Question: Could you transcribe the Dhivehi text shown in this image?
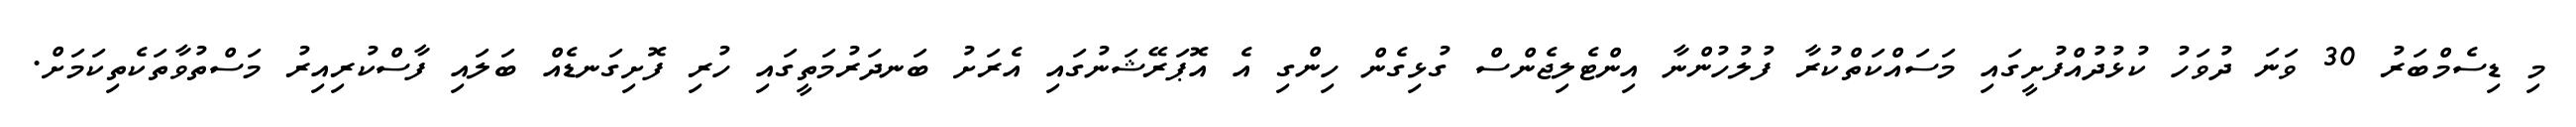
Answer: މި ޑިސެމްބަރު 30 ވަނަ ދުވަހު ކުޅުދުއްފުށީގައި މަސައްކަތްކުރާ ފުލުހުންނާ އިންޓެލިޖެންސް ގުޅިގެން ހިންގި އެ އޮޕަރޭޝަނުގައި އެރަށު ބަނދަރުމަތީގައި ހުރި ފޮށިގަނޑެއް ބަލައި ފާސްކުރިއިރު މަސްތުވާތަކެތިކަމަށް.